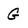
Character: G